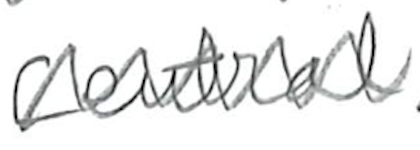
Text: Central
Cross-out: mix
Writing tool: pencil